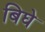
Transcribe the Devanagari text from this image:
बिघे